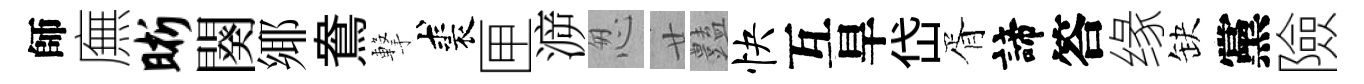
師廡晰闋鄊鴦撃裘匣㴑怱廿𧰟快互旱岱胥諦答缘缺黨險